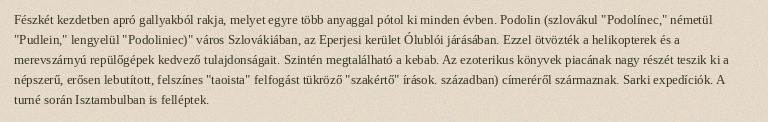
Fészkét kezdetben apró gallyakból rakja, melyet egyre több anyaggal pótol ki minden évben. Podolin (szlovákul "Podolínec," németül "Pudlein," lengyelül "Podoliniec)" város Szlovákiában, az Eperjesi kerület Ólublói járásában. Ezzel ötvözték a helikopterek és a merevszárnyú repülőgépek kedvező tulajdonságait. Szintén megtalálható a kebab. Az ezoterikus könyvek piacának nagy részét teszik ki a népszerű, erősen lebutított, felszínes "taoista" felfogást tükröző "szakértő" írások. században) címeréről származnak. Sarki expedíciók. A turné során Isztambulban is felléptek.